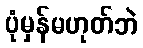
ပုံမှန်မဟုတ်ဘဲ